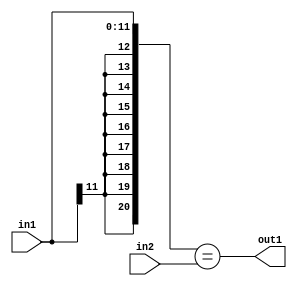
`timescale 1ps / 1ps
/*****************************************************************************
    Verilog RTL Description
    
    
    Created by: Stratus DpOpt 2019.1.01 
*******************************************************************************/

module st_feature_addr_gen_Equal_16Ux12S_1U_4 (
	in2,
	in1,
	out1
	); /* architecture "behavioural" */ 
input [15:0] in2;
input [11:0] in1;
output  out1;
wire  asc001;

assign asc001 = ({{9{in1[11]}}, in1}==in2);

assign out1 = asc001;
endmodule

/* CADENCE  ubL5TQs= : u9/ySgnWtBlWxVPRXgAZ4Og= ** DO NOT EDIT THIS LINE ******/